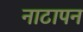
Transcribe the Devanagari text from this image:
नाटापन